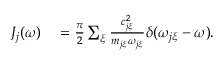
\begin{array} { r l } { J _ { j } ( \omega ) } & { { } = \frac { \pi } { 2 } \sum _ { \xi } \frac { c _ { j \xi } ^ { 2 } } { m _ { j \xi } \omega _ { j \xi } } \delta ( \omega _ { j \xi } - \omega ) . } \end{array}